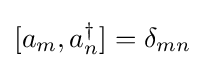
[a_{m},a_{n}^{\dagger }]=\delta _{mn}